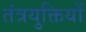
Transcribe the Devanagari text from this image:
तंत्रयुक्तियों